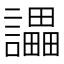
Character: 讄